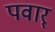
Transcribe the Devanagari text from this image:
पवार्